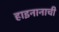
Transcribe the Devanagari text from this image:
हाइनानाची